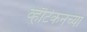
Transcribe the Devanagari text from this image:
व्हॅटिकनच्या